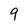
Character: 9